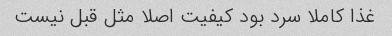
غذا کاملا سرد بود کیفیت اصلا مثل قبل نیست